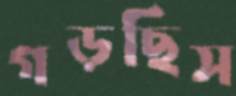
গড়ছিস